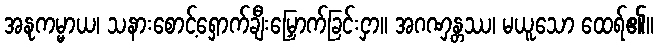
အနုကမ္မာယ၊ သနားစောင့်ရှောက်ချီးမြှောက်ခြင်းငှာ။ အဂဏှန္တဿ၊ မယူသော ထေရ်၏။